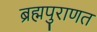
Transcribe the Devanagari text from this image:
ब्रह्मपुराणत